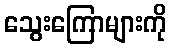
သွေးကြောများကို